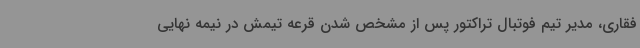
فقاری، مدیر تیم فوتبال تراکتور پس از مشخص شدن قرعه تیمش در نیمه نهایی